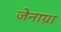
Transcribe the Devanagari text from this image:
जेनाग्रा